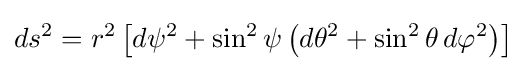
ds^{2}=r^{2}\left[d\psi ^{2}+\sin ^{2}\psi \left(d\theta ^{2}+\sin ^{2}\theta \,d\varphi ^{2}\right)\right]